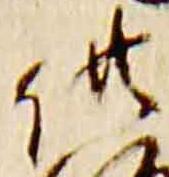
供